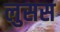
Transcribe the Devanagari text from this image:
लुसस